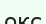
окс